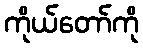
ကိုယ်တော်ကို